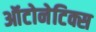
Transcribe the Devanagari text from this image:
ऑटोनेटिक्स